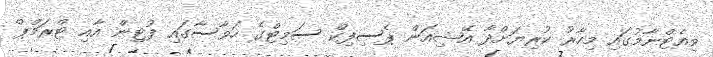
ވިއެޓްނާމުގައި މިހާރު ކުރިޔަށްދާ އޭޝިއަން ޕެސިފިކް ސަމިޓްގެ ހަވާސާގައި ފުޓިން އާއި ޓްރަމްޕް